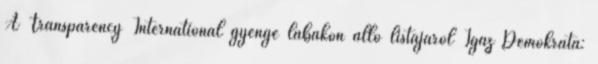
A Transparency International gyenge lábakon álló listájáról Igaz Demokrata: